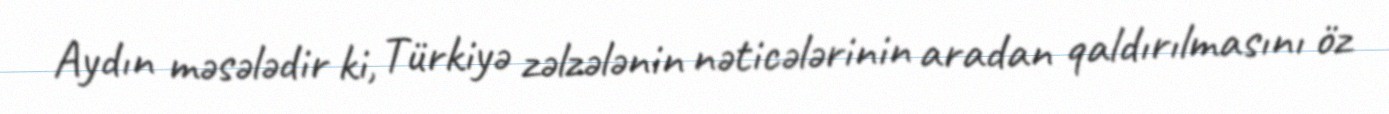
Aydın məsələdir ki, Türkiyə zəlzələnin nəticələrinin aradan qaldırılmasını öz